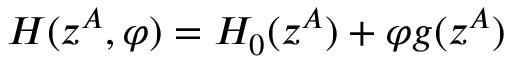
H ( z ^ { A } , \varphi ) = H _ { 0 } ( z ^ { A } ) + \varphi g ( z ^ { A } )